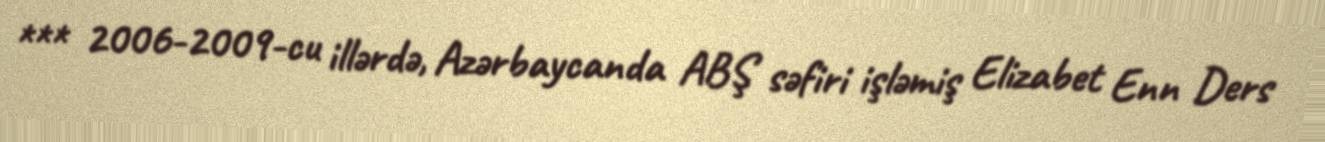
*** 2006-2009-cu illərdə, Azərbaycanda ABŞ səfiri işləmiş Elizabet Enn Ders